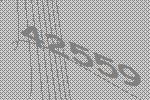
42559